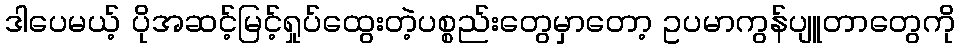
ဒါပေမယ့် ပိုအဆင့်မြင့်ရှုပ်ထွေးတဲ့ပစ္စည်းတွေမှာတော့ ဥပမာကွန်ပျူတာတွေကို